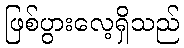
ဖြစ်ပွားလေ့ရှိသည်